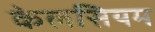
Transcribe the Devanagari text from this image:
केलसियम